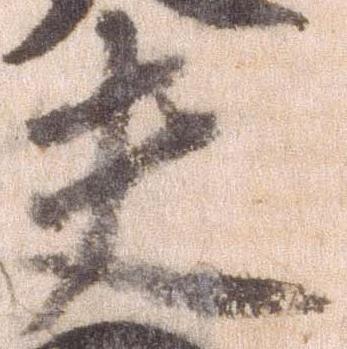
夫